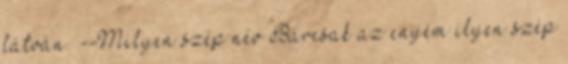
látván. --Milyen szép név Bárcsak az enyém ilyen szép